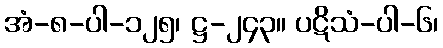
အံ-၈-ပါ-၁၂၅၊ ဋ္ဌ-၂၄၃။ ပဋိသံ-ပါ-၆၊